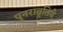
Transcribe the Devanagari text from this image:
पुनरावृतिये